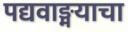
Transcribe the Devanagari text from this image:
पद्यवाङ्मयाचा